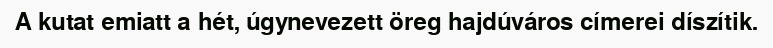
A kutat emiatt a hét, úgynevezett öreg hajdúváros címerei díszítik.